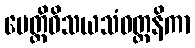
ပေတ္တိဝိသယသံဝတ္တနိကာ